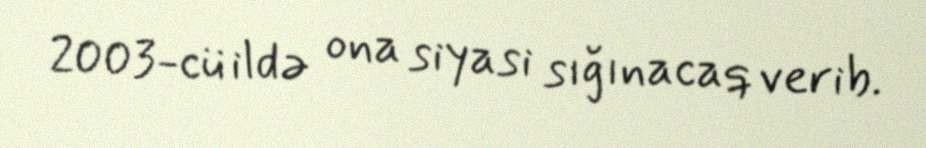
2003-cü ildə ona siyasi sığınacaq verib.